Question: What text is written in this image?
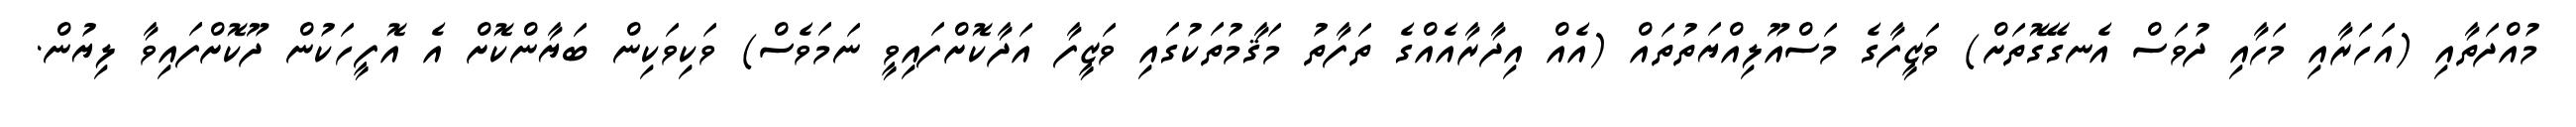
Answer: މުއްދަތާއި (އަހަރާއި މަހާއި ދުވަސް އެނގޭގޮތަށް) ވަޒީފާގެ މަސްއޫލިއްޔަތުތައް (އެއް އިދާރާއެއްގެ ތަފާތު މަޤާމުތަކުގައި ވަޒީފާ އަދާކޮށްފައިވީ ނަމަވެސް) ވަކިވަކިން ބަޔާންކޮށް އެ އޮފީހަކުން ދޫކޮށްފައިވާ ލިޔުން.